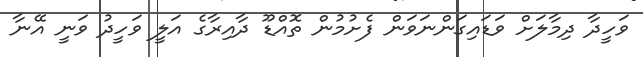
ވަހީދާ ދިމާލަށް ވަޑައިގަންނަވަން ފެށުމުން ތޮއްޑޫ ދާއިރާގެ އަލީ ވަހީދު ވަނީ އޭނާ